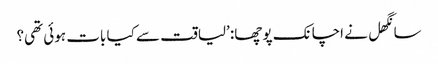
سانگھل نے اچانک پوچھا: ’لیاقت سے کیا بات ہوئی تھی؟